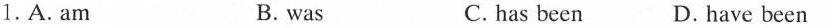
1.A.Am B. was C.has been D.have been